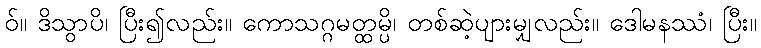
ဝ်။ ဒိသွာပိ၊ ပြီး၍လည်း။ ကောသဂ္ဂမတ္ထမ္ပိ၊ တစ်ဆဲ့ပျားမျှလည်း။ ဒေါမနဿံ၊ ပြီး။